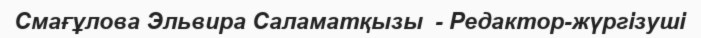
Смағұлова Эльвира Саламатқызы  - Редактор-жүргізуші